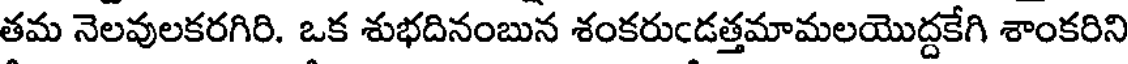
తమ నెలవులకరగిరి. ఒక శుభదినంబున శంకరుండత్తమామలయొద్దకేగి శాంకరిని